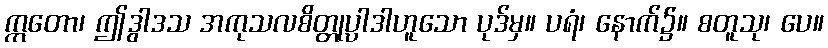
ဣတော၊ ဤဒွါဒသ အကုသလစိတ္တုပ္ပါဒါဟူသော ပုဒ်မှ။ ပရံ၊ နောက်၌။ စတူသု၊ ပေ။